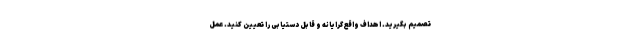
تصمیم بگیرید. اهداف واقع‌گرایانه و قابل دستیابی را تعیین کنید. عمل